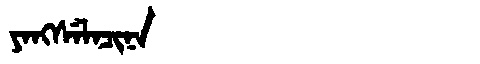
Manchu: ᠶᠠᠩᠰᡝᠯᠠᠴᡳᠨᠠ
Romanization: YANGSELACINA